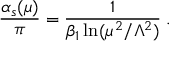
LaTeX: \frac { \alpha _ { s } ( \mu ) } { \pi } = \frac { 1 } { \beta _ { 1 } \ln ( \mu ^ { 2 } / \Lambda ^ { 2 } ) } \; .